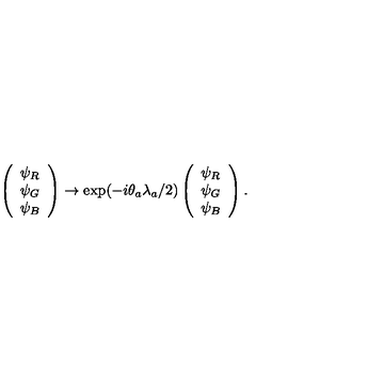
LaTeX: \left( \begin{array} { l } { \psi _ { R } } \\ { \psi _ { G } } \\ { \psi _ { B } } \\ \end{array} \right) \rightarrow \exp ( - i \theta _ { a } \lambda _ { a } / 2 ) \left( \begin{array} { l } { \psi _ { R } } \\ { \psi _ { G } } \\ { \psi _ { B } } \\ \end{array} \right) .